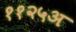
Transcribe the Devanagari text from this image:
११२५अ